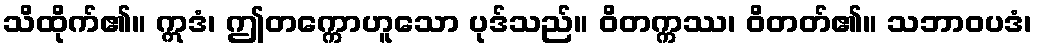
သိထိုက်၏။ ဣဒံ၊ ဤတက္ကောဟူသော ပုဒ်သည်။ ဝိတက္ကဿ၊ ဝိတတ်၏။ သဘာဝပဒံ၊